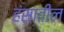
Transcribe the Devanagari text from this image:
हंसातील